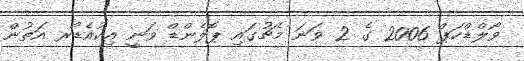
ވޯލްޑްކަޕް 2006 ގެ 2 ވަނަ މެޗުގައި ޕޮލެންޑް ވަނީ އިކުއެޑޯރ އަތުން